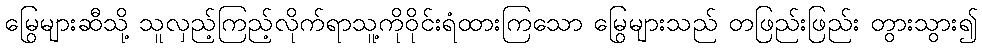
မြွေများဆီသို့ သူလှည့်ကြည့်လိုက်ရာသူ့ကိုဝိုင်းရံထားကြသော မြွေများသည် တဖြည်းဖြည်း တွားသွား၍